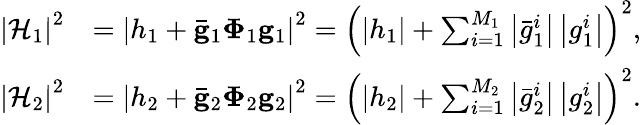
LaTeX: \begin{array}{rl}{\left|\mathcal{H}_{1}\right|^{2}}&{=\left|h_{1}+{\mathbf{\bar{g}}_{1}\mathbf{\Phi}_{1}\mathbf{g}_{1}}\right|^{2}=\left(\left|h_{1}\right|+\sum_{i=1}^{M_{1}}\left|\bar{g}_{1}^{i}\right|\left|g_{1}^{i}\right|\right)^{2},}\\ {\left|\mathcal{H}_{2}\right|^{2}}&{=\left|h_{2}+{\mathbf{\bar{g}}_{2}\mathbf{\Phi}_{2}\mathbf{g}_{2}}\right|^{2}=\left(\left|h_{2}\right|+\sum_{i=1}^{M_{2}}\left|\bar{g}_{2}^{i}\right|\left|g_{2}^{i}\right|\right)^{2}.}\end{array}